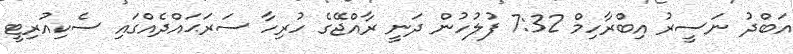
އަބްދު ނަސީރު އިބްރާހިމް 7:32 ފުލުހުން ދަނީ ރާއްޖޭގެ ހުރިހާ ސަރަޙައްދެއްގައި ސެކިއުރިޓީ